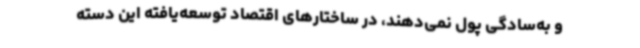
و به‌سادگی پول نمی‌دهند، در ساختارهای اقتصاد توسعه‌یافته این دسته